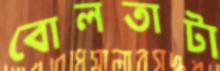
বোলতাটা